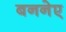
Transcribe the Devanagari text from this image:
बननेए